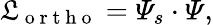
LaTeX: \mathfrak{L}_{\mathrm{{~o~r~t~h~o~}}}=\varPsi_{s}\cdot\varPsi,